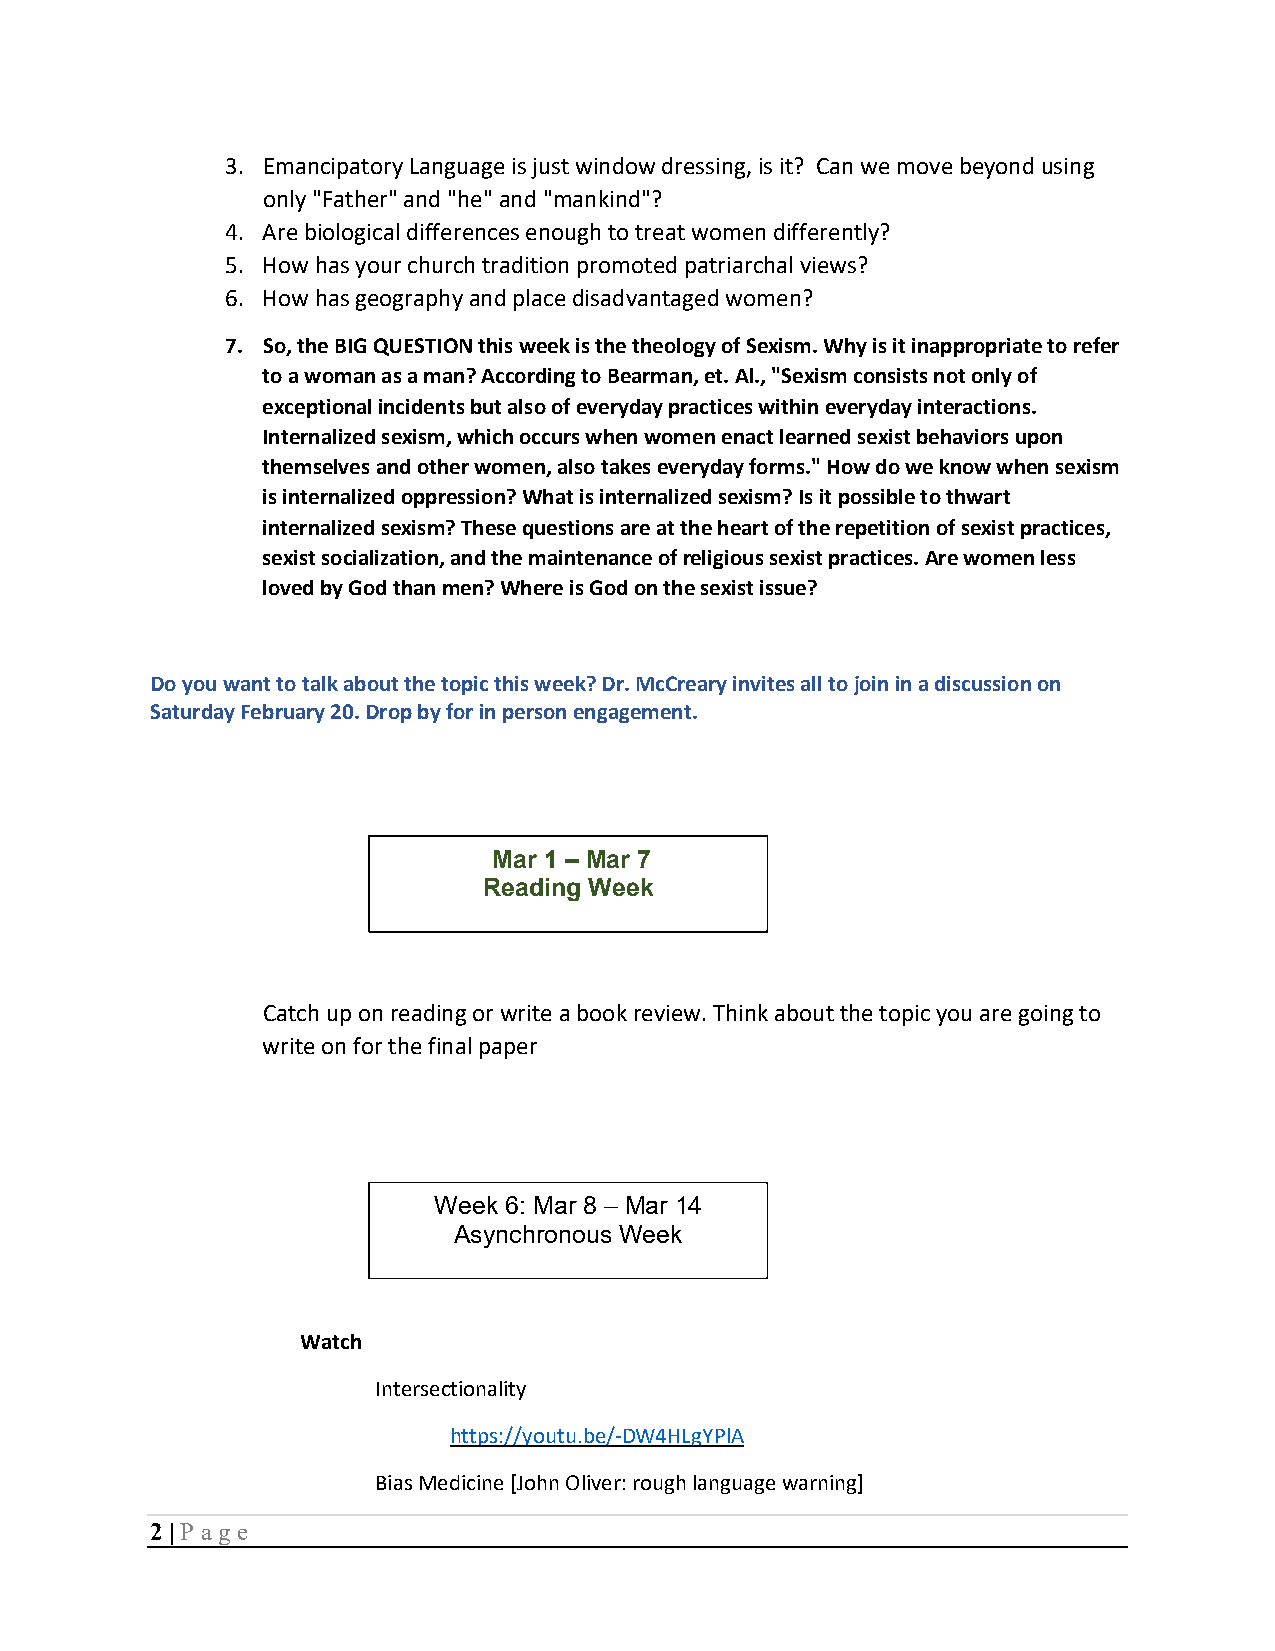
3. Emancipatory Language is just window dressing, is it? Can we move beyond using
 only "Father" and "he" and "mankind"?
 4. Are biological differences enough to treat women differently?
 5. How has your church tradition promoted patriarchal views?
 6. How has geography and place disadvantaged women?
 7. So, the BIG QUESTION this week is the theology of Sexism. Why is it inappropriate to refer
 to a woman as a man? According to Bearman, et. Al., "Sexism consists not only of
 exceptional incidents but also of everyday practices within everyday interactions.
 Internalized sexism, which occurs when women enact learned sexist behaviors upon
 themselves and other women, also takes everyday forms." How do we know when sexism
 is internalized oppression? What is internalized sexism? Is it possible to thwart
 internalized sexism? These questions are at the heart of the repetition of sexist practices,
 sexist socialization, and the maintenance of religious sexist practices. Are women less
 loved by God than men? Where is God on the sexist issue?
 Do you want to talk about the topic this week? Dr. McCreary invites all to join in a discussion on
 Saturday February 20. Drop by for in person engagement.
 Mar 1 – Mar 7
 Reading Week
 Catch up on reading or write a book review. Think about the topic you are going to
 write on for the final paper
 Week 6: Mar 8 – Mar 14
 Asynchronous Week
 Watch
 Intersectionality
 https://youtu.be/-DW4HLgYPlA
 Bias Medicine [John Oliver: rough language warning]
 2 | P age